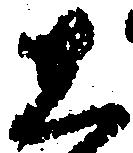
し